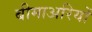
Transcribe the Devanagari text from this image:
बीमाअरियों